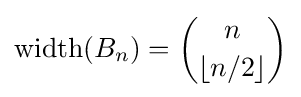
\operatorname {width} (B_{n})={n \choose \lfloor {n/2}\rfloor }